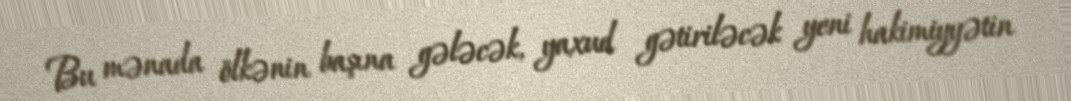
Bu mənada ölkənin başına gələcək, yaxud gətiriləcək yeni hakimiyyətin